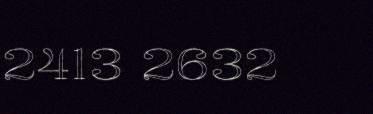
2413 2632